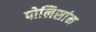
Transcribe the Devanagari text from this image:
पोलिसांन